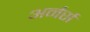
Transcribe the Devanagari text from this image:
अर्नर्स